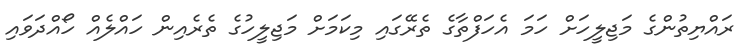
ރައްޔިތުންގެ މަޖިލީހަށް ހަމަ އެހަފްތާގެ ތެރޭގައި މިކަމަށް މަޖިލީހުގެ ތެރެއިން ހައްލެއް ހޯއްދަވައި